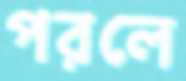
পরলে